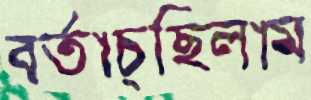
বর্তাচ্ছিলাম